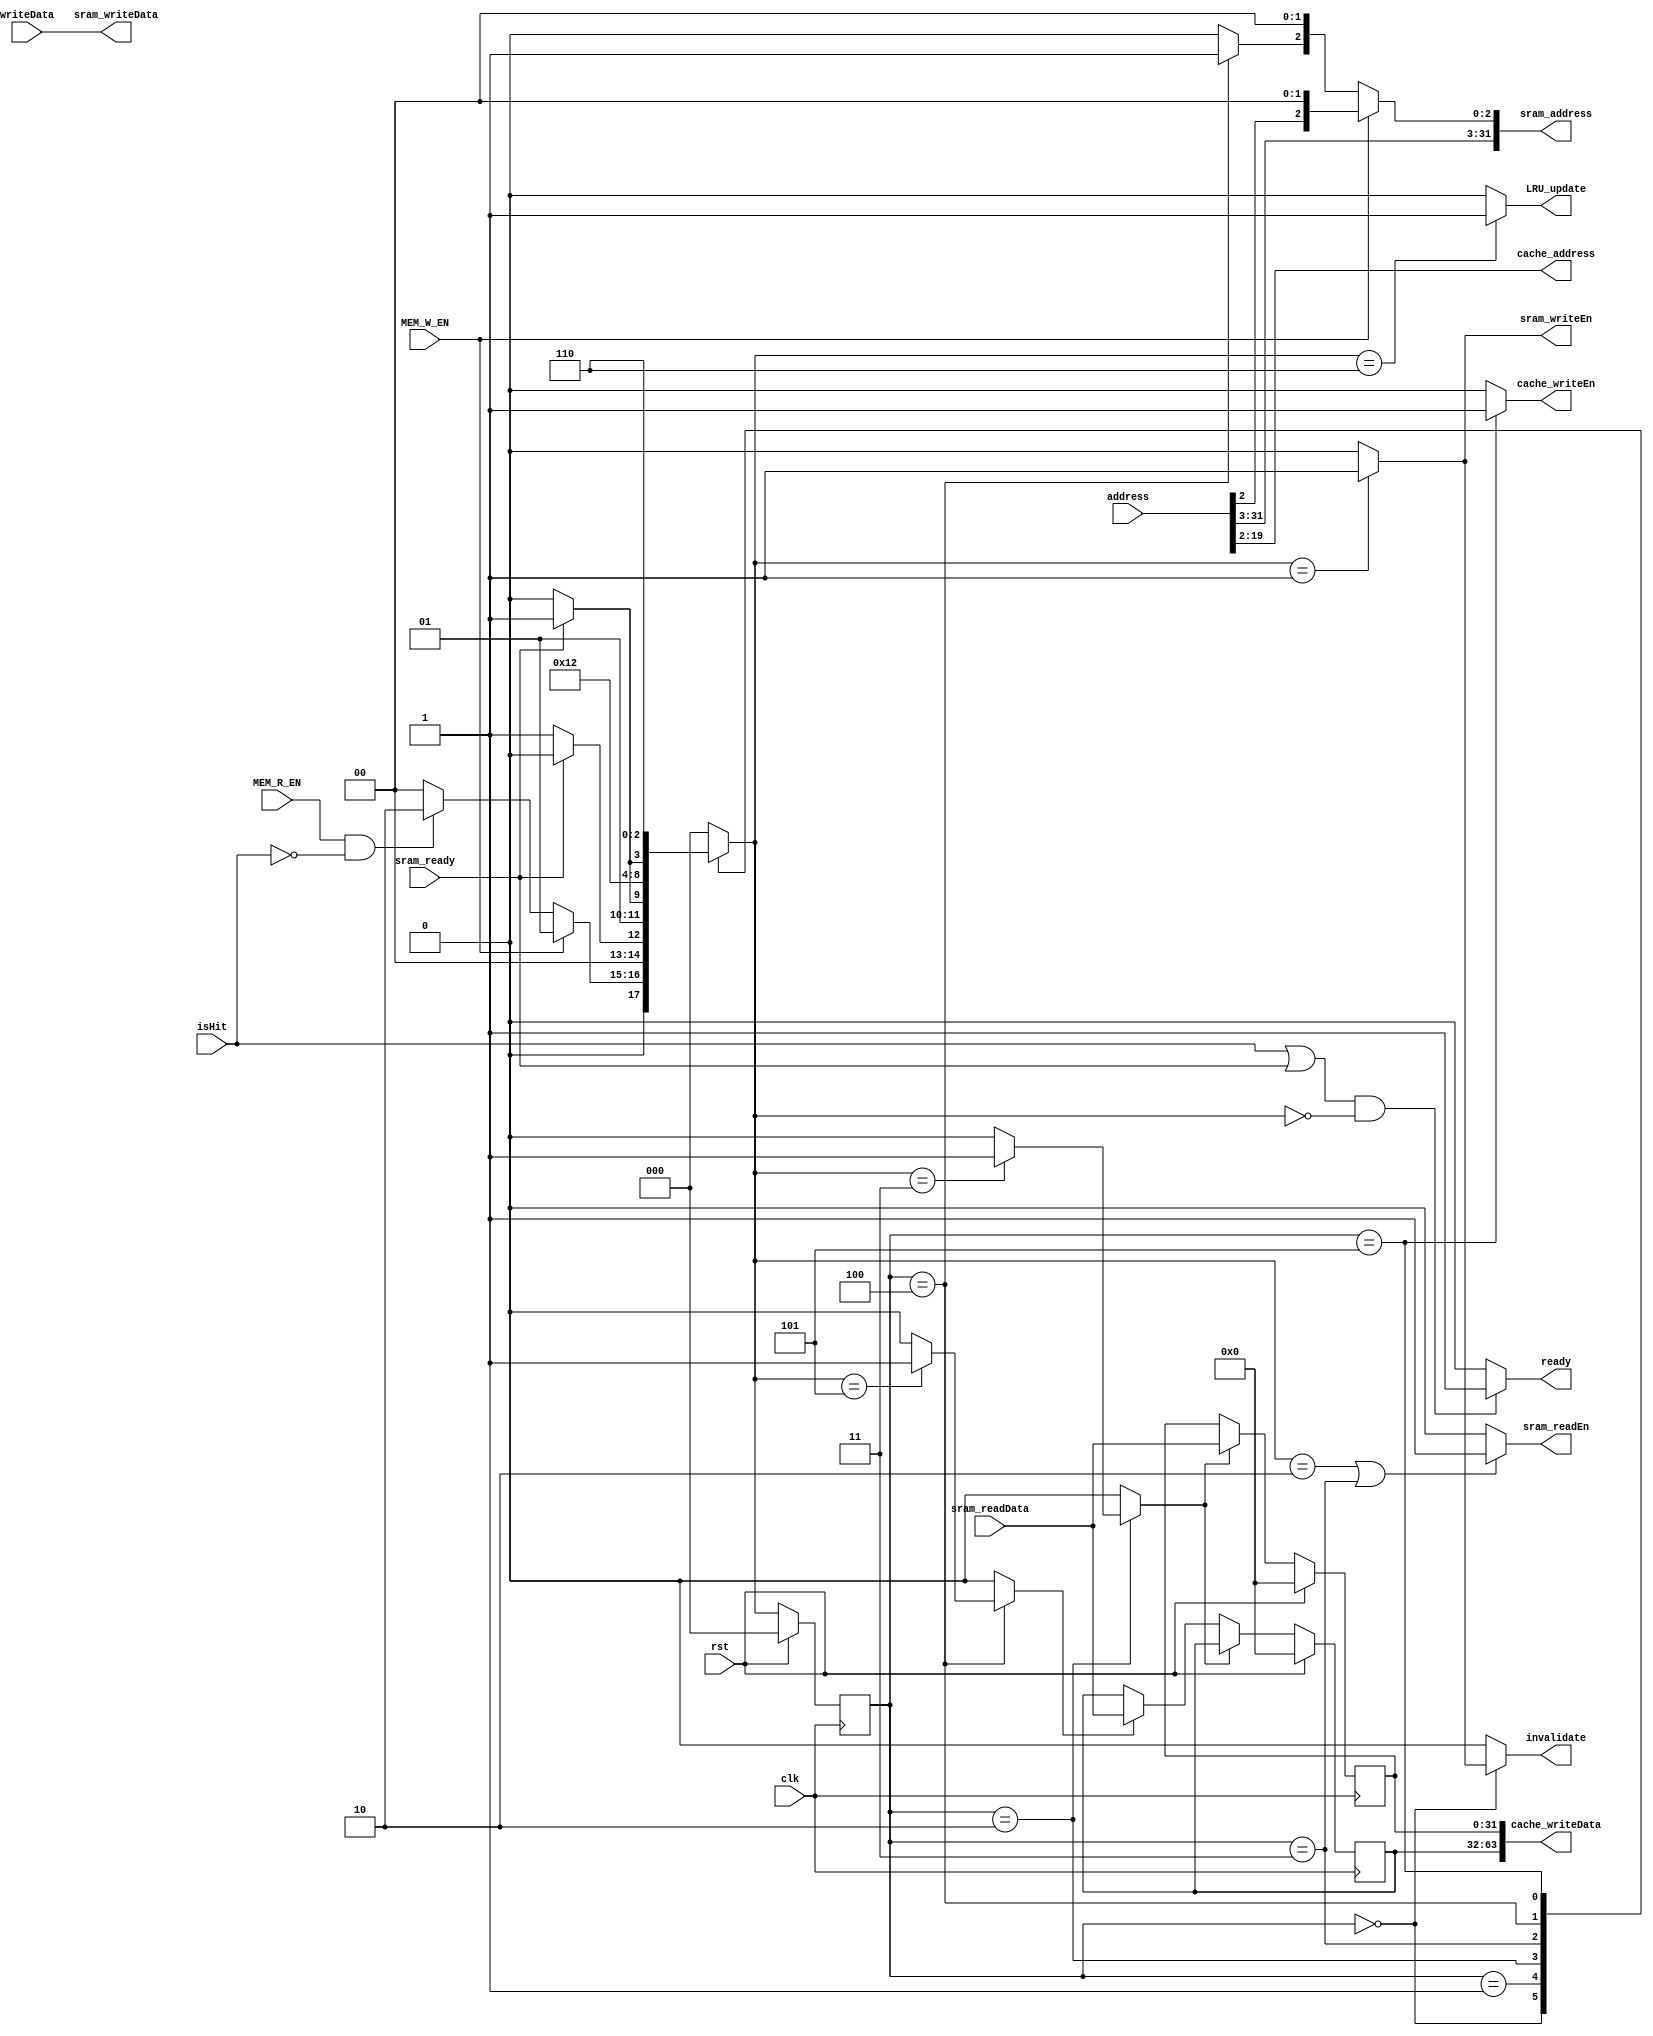
module Cache_controller (
    clk, rst, address, writeData, MEM_R_EN,
    MEM_W_EN, ready, sram_readData,
    sram_ready, sram_address, sram_writeData,
    sram_readEn, sram_writeEn, isHit,
    cache_writeEn, cache_writeData,
    cache_address, LRU_update, invalidate
);
    input clk, rst;

    // memory stage unit
    input [31:0] address, writeData;
    input MEM_R_EN, MEM_W_EN;
    output ready;

    //sram Ctrl
    input [31:0] sram_readData;
    input sram_ready;
    output [31:0] sram_address, sram_writeData;
    output sram_readEn, sram_writeEn;

    //Cache
    input isHit; // ??

    output reg cache_writeEn;
    output[63:0] cache_writeData;
    output[17:0] cache_address;
    output LRU_update;
    output reg invalidate;


    reg [2:0] ps, ns;
    reg [31:0] dataLSB, dataMSB;
    reg loadLSB, loadMSB, offset;

    localparam [2:0] idle = 0, writeState = 1, readState1 = 2, readPause = 3, readState2 = 4, cache_writeBack = 5, writeBackPause = 6;

    assign sram_writeData = writeData;
    assign sram_address = (MEM_W_EN) ? {address[31:2], 2'b0}:{address[31:3], offset, 2'b0};
    assign sram_writeEn = (ns == writeState) ? 1'b1:1'b0;
    assign sram_readEn = (ns == readState1) | (ps == readPause) ? 1'b1:1'b0;

    assign cache_address = address[19:2];
    assign cache_writeData = {dataMSB, dataLSB};
    assign LRU_update = ns == writeBackPause ? 1'b1:1'b0;
    assign ready = (isHit | sram_ready) & (ns == idle) ? 1'b1:1'b0;

    always @* begin
        case (ps)
            idle: begin
                ns = (MEM_W_EN) ? writeState:
                    (MEM_R_EN & ~isHit) ? readState1:idle;
            end
            writeState: begin
                ns = (sram_ready) ? idle:writeState;
            end 
            readState1: begin
                ns = (sram_ready) ? readPause:readState1;
            end
            readPause: begin
                ns = readState2;
            end
            readState2: begin
                ns = (sram_ready) ? cache_writeBack:readState2;
            end
            cache_writeBack: begin
                ns = writeBackPause;
            end
            writeBackPause: begin
                ns = idle;
            end
            default: ns = idle;
        endcase
    end

    always @(ps, ns) begin
        {invalidate, cache_writeEn, loadMSB, loadLSB, offset} = 5'b0;
        case (ps)
            idle: begin
                invalidate = (ns == writeState) ? 1'b1:1'b0;
            end
            readState1: begin
                loadLSB = (ns == readPause) ? 1'b1:1'b0;
            end
            readState2: begin
                loadMSB = (ns == cache_writeBack) ? 1'b1:1'b0;
                offset = 1'b1;
            end
            cache_writeBack: begin
                cache_writeEn = 1'b1;
            end
            default: {invalidate, cache_writeEn, loadMSB, loadLSB, offset} = 5'b0;
        endcase
    end

    always @(posedge clk) begin
        if (rst) begin
            dataLSB <= 32'b0;
            dataMSB <= 32'b0;
        end
        else if (loadLSB) begin
            dataLSB <= sram_readData;
        end
        else if (loadMSB) begin
            dataMSB <= sram_readData;
        end
    end

    always @(posedge clk) begin
        if (rst)
            ps <= idle;
        else
            ps <= ns;
    end


endmodule